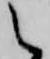
之